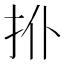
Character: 𢪗